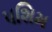
પશિમ